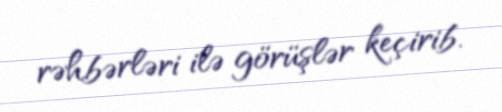
rəhbərləri ilə görüşlər keçirib.